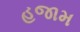
હજામ